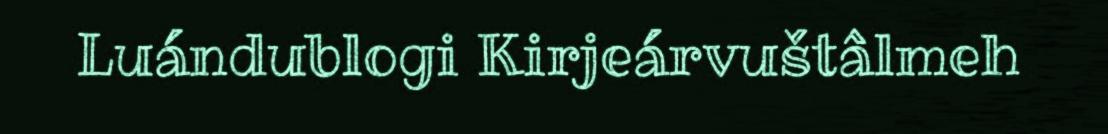
Luándublogi Kirjeárvuštâlmeh